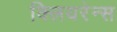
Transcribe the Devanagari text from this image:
क्लियरेन्स